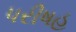
પરીષહ